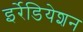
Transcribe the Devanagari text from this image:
इर्रेडियेशन